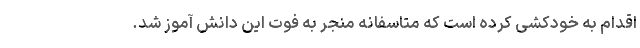
اقدام به خودکشی کرده است که متاسفانه منجر به فوت این دانش آموز شد.